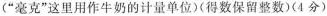
(“毫克”这里用作牛奶的计量单位)(得数保留整数)(4分)